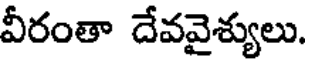
వీరంతా దేవవైశ్యులు.